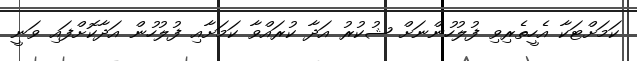
ކަމަށްޓަކާ އެހީތެރިވި ފުލުހުންނަށް ޝުކުރު އަދާ ކުރައްވާ ކަމަށާއި ފުލުހުން އަދާކޮށްފައި ވަނީ